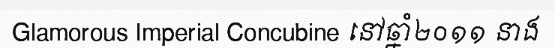
Glamorous Imperial Concubine នៅឆ្នាំ២០១១ នាង